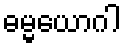
ဓမ္မယောဂါ